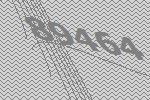
89464